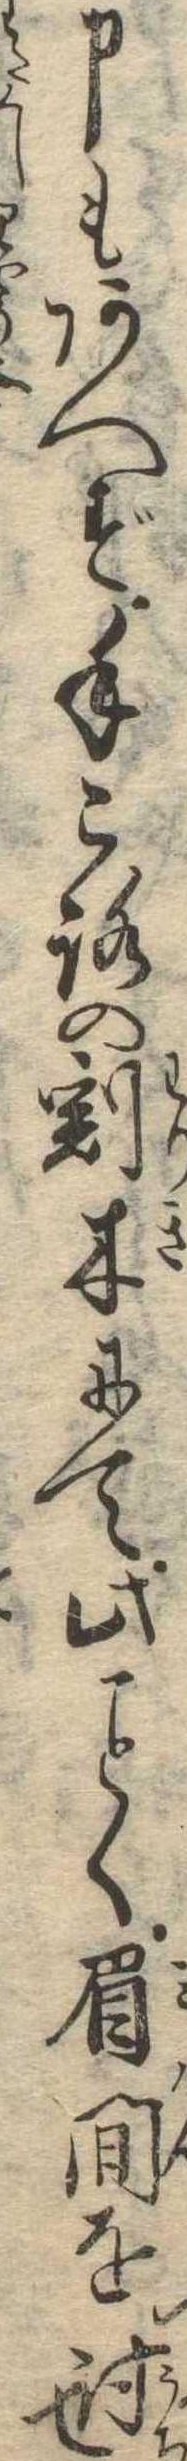
申もあへず手ころの割木にて此く眉間を討て